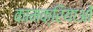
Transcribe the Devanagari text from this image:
कामक्रियाओं